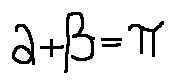
\alpha + \beta = \pi